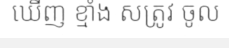
ឃើញ ខ្មាំង សត្រូវ ចូល